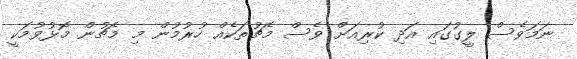
ނަމަވެސް ލީގުގައި އަދި ކުރިއަށް ވެސް މެޗުތަކެއް ހުރުމުން މި މެޗުން މޮޅުވުމަކީ